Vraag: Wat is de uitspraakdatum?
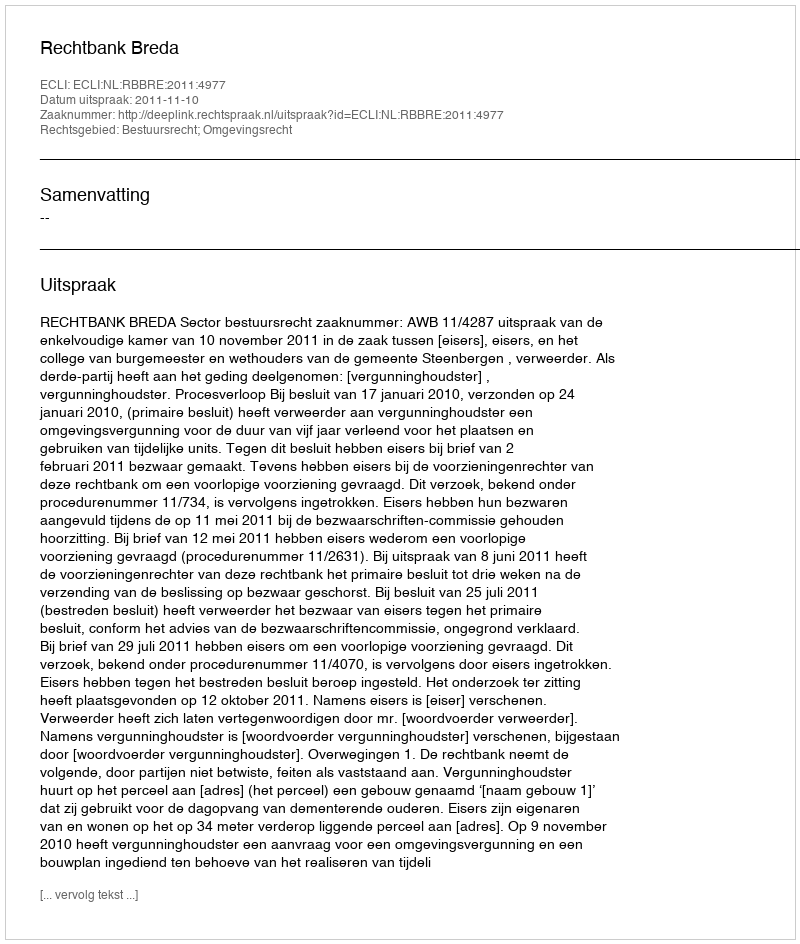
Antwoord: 2011-11-10